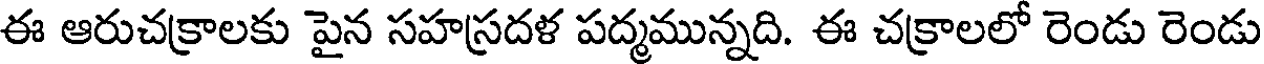
ఈ ఆరుచక్రాలకు పైన సహస్రదళ పద్మమున్నది. ఈ చక్రాలలో రెండు రెండు